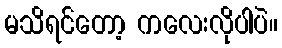
မသိရင်တော့ ကလေးလိုပါပဲ။